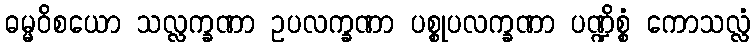
ဓမ္မဝိစယော သလ္လက္ခဏာ ဥပလက္ခဏာ ပစ္စုပလက္ခဏာ ပဏ္ဍိစ္စံ ကောသလ္လံ